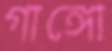
গাঙ্গো